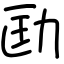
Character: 劻